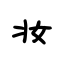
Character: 妆